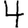
Digit: 4